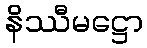
နိဿီမဋ္ဌော